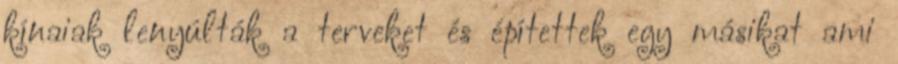
kínaiak lenyúlták a terveket és építettek egy másikat ami